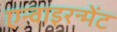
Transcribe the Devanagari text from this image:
एन्वाइरन्मेंट